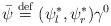
\begin{align*}\bar{\psi } \stackrel{ \mathrm{def}}{=} (\psi _{l}^{\ast} ,\psi_{r}^{\ast}) \gamma ^{0}\end{align*}